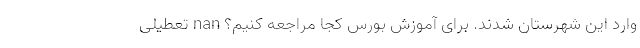
وارد این شهرستان شدند. برای آموزش بورس کجا مراجعه کنیم؟ nan تعطیلی